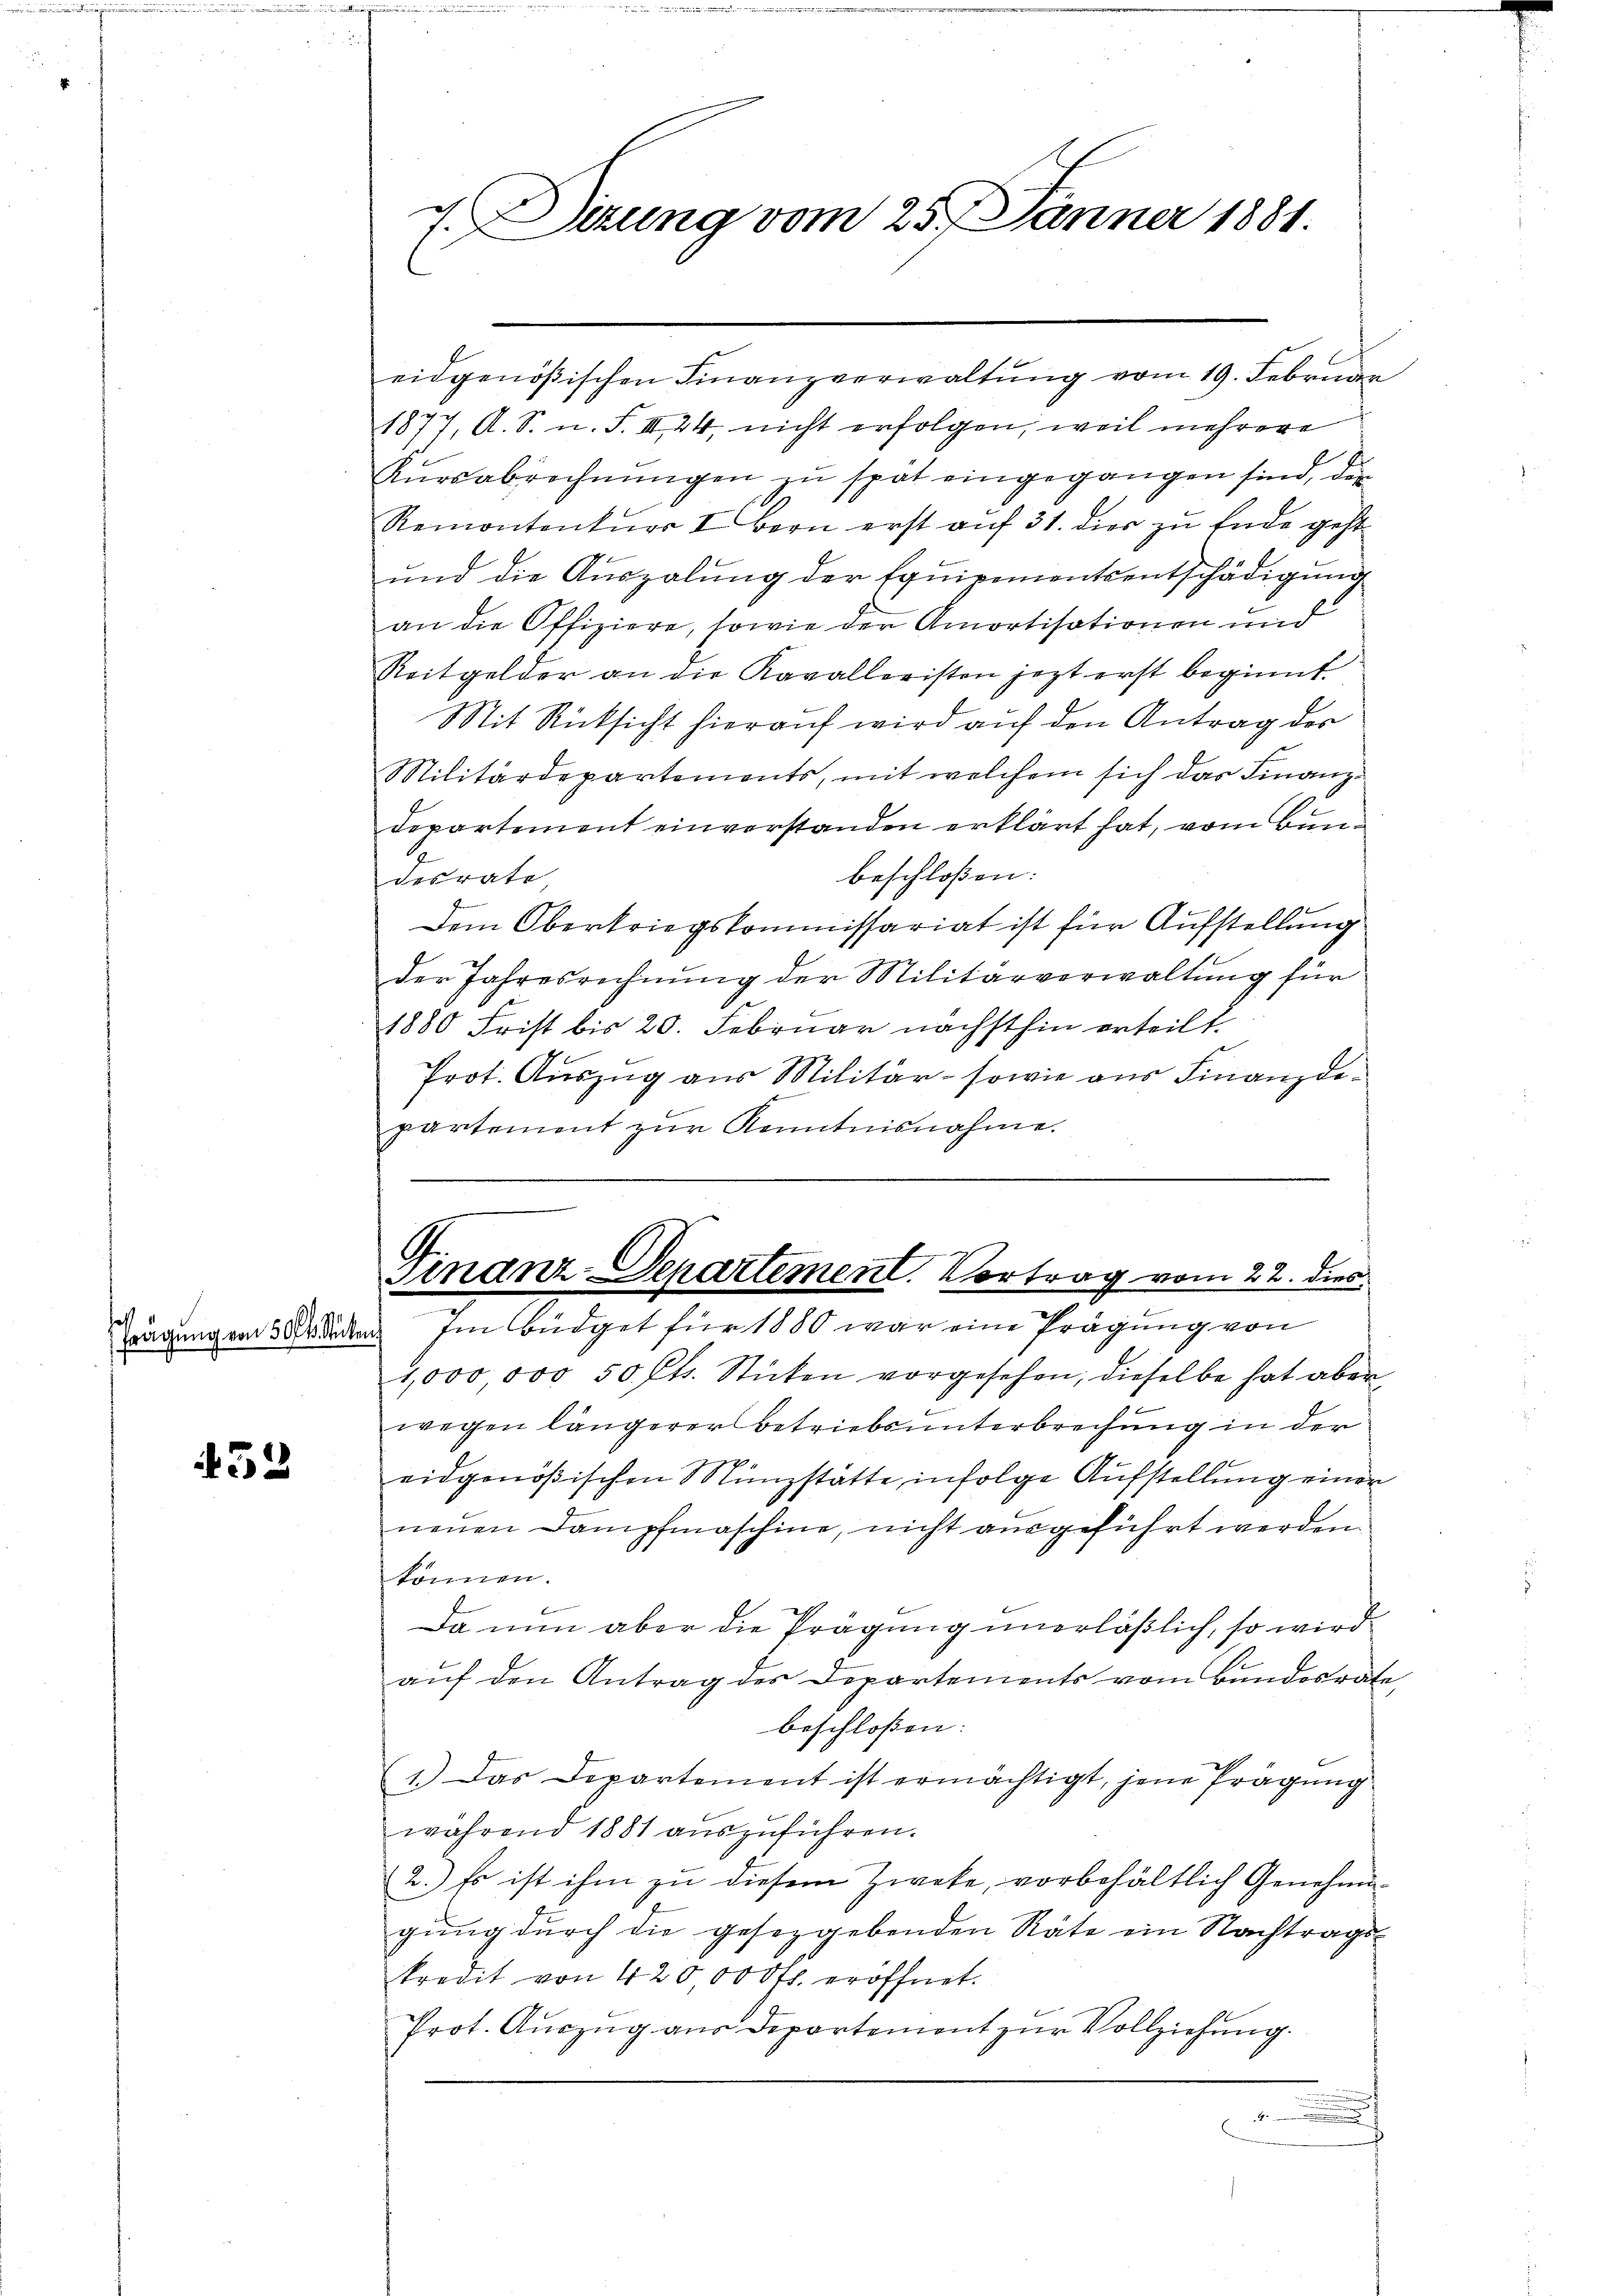
Frägung von 50 l. Stücke

432

7. Dizung vom 25. Jänner 1881.

eidgenößischen Finanzverwaltung vom 19. Februar
1877, A. S. n. F. III 24, nicht erfolgen, weil mehrere
Kŭrsabrechnungen zu spät eingegangen sind, der
Remontenkŭrs I. Bern erst aŭf 31. dies zu Ende geht
und die Auszalung der Equipementsentschädigung
an die Offiziere, sowie der Amortisationen und
Reitgelder an die Kavalleristen jezt erst beginnt.
Mit Rücksicht hierauf wird auf den Antrag des
Militärdepartements, mit welchem sich das Finanz-
Departement einverstanden erklärt hat, vom Bunbeschloßen:
desrate
Dem Obertriegskommissariat ist für Aufstellung
der Jahresrechnung der Militärverwaltung für
1880 Frist bis 20. Februar nächsthin erteilt.
Prot. Auszug aus Militär- sowie aus Finanzdepartement zŭr Kenntnisnahme.

Finanz-Departement. Vortrag vom 22. dies
 Im Büdget für 1880 war eine Prägung von

4,000 000 50 fl. Sticken vorgesehen, dieselbe hat aber¬
.
wegen längerer Betriebsunterbrechung in der
g
10
eidgenößischen Münzstätte infolge Aufstellung einer
nenen Dampfmaschine, nicht ausgeführt werden.
können.
Da nun aber die Prägung unerläßlich, so wird
auf den Antrag des Departements vom Bundesrate
beschlossen:
1.) Das Departement ist ermächtigt, jene Prägŭng
während 1881 aŭszŭführen.
2.) Es ist ihm zu diesem Zweke, vorbehältlich Genehmigung durch die gesetzgebenden Räte ein Nachtragskredit von 42 000 rtl. eröffnet.
Prot. Aŭszŭg aŭs departemont zŭr Vollziehŭng.
.
.